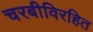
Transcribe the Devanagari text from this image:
चरबीविरहित